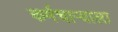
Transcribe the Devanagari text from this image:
कर्मचाऱ्याला